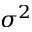
\sigma ^ { 2 }